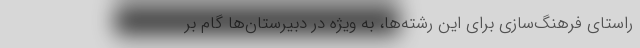
راستای فرهنگ‌سازی برای این رشته‌ها، به ویژه در دبیرستان‌ها گام بر